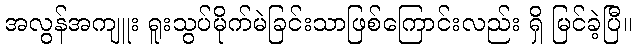
အလွန်အကျူး ရူးသွပ်မိုက်မဲခြင်းသာဖြစ်ကြောင်းလည်း ရှိ မြင်ခဲ့ပြီ။